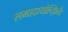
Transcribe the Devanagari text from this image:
सम्प्रदायोच्झितैः